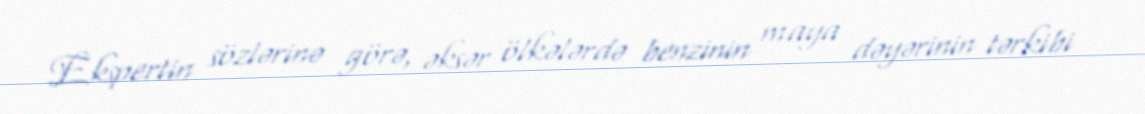
Ekspertin sözlərinə görə, əksər ölkələrdə benzinin maya dəyərinin tərkibi